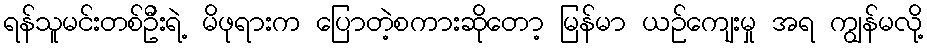
ရန်သူမင်းတစ်ဦးရဲ့ မိဖုရားက ပြောတဲ့စကားဆိုတော့ မြန်မာ ယဉ်ကျေးမှု အရ ကျွန်မလို့